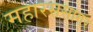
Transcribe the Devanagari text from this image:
महारससागर